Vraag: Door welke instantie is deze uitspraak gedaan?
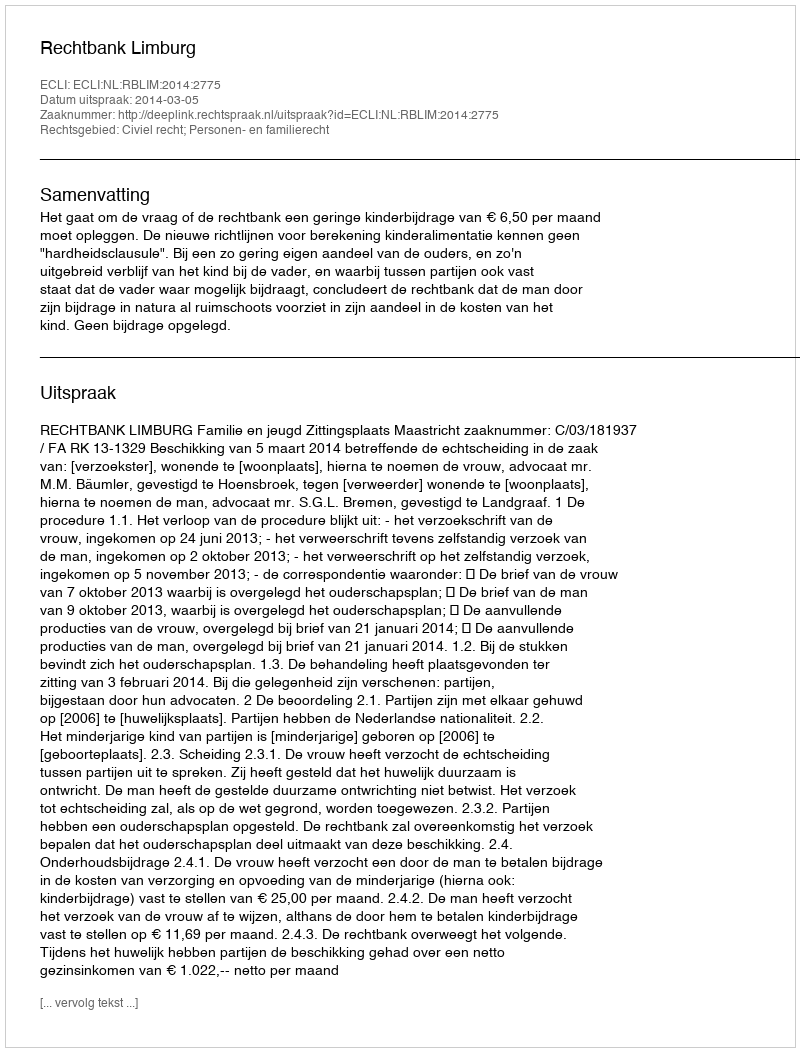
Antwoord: Rechtbank Limburg